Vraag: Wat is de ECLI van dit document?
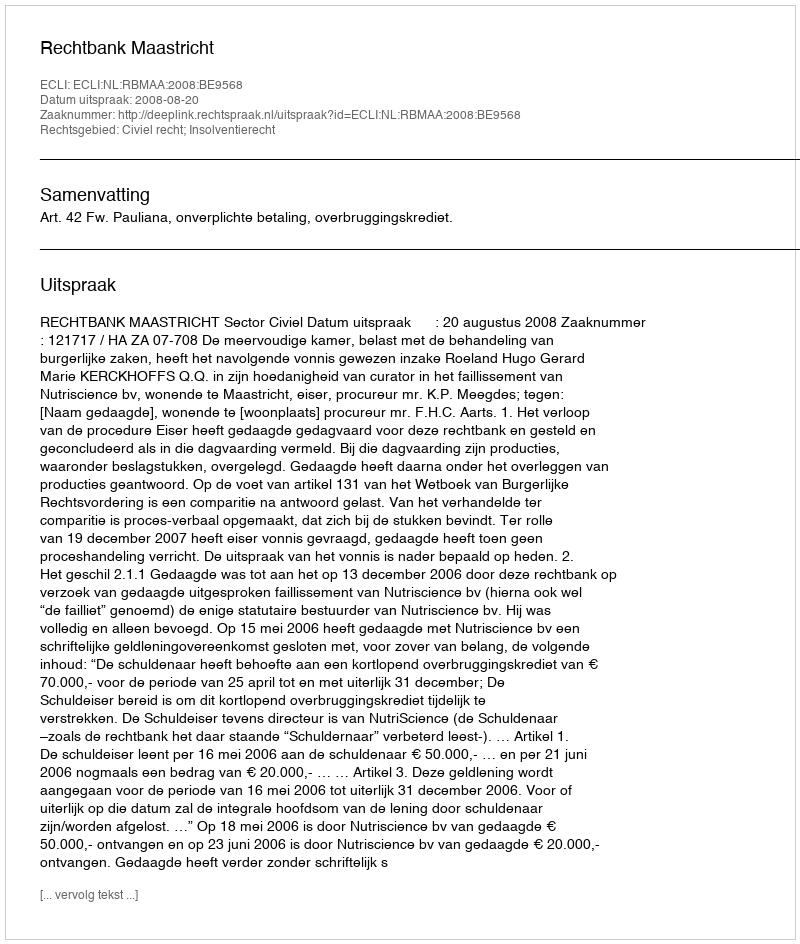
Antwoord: ECLI:NL:RBMAA:2008:BE9568